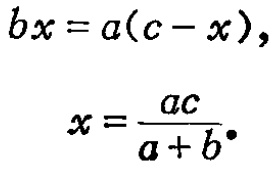
\[
\begin{align*}
bx&=a(c - x),\\
x&=\frac{ac}{a + b}.
\end{align*}
\]